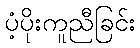
ပံ့ပိုးကူညီခြင်း